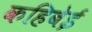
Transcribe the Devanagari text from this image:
कहिबेई